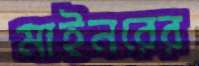
মাইনরের